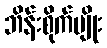
ဘိန်းစိုက်ပျိုး